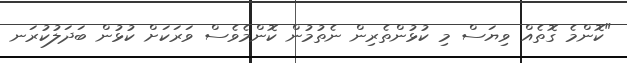
"ކޮންމެ ގޮތެއް ވިޔަސް މި ކުޅުންތެރިން ނެތުމުން ކޮންމެވެސް ވަރަކަށް ކުޅުން ބަދަލުކުރަނ